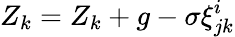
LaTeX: Z_{k}=Z_{k}+g-\sigma\xi_{jk}^{i}